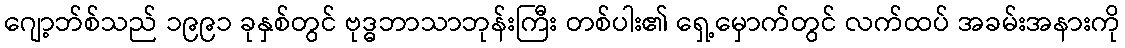
ဂျော့ဘ်စ်သည် ၁၉၉၁ ခုနှစ်တွင် ဗုဒ္ဓဘာသာဘုန်းကြီး တစ်ပါး၏ ရှေ့မှောက်တွင် လက်ထပ် အခမ်းအနားကို